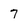
Character: 7